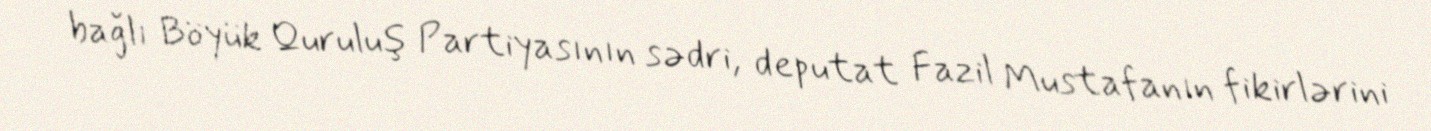
bağlı Böyük Quruluş Partiyasının sədri, deputat Fazil Mustafanın fikirlərini